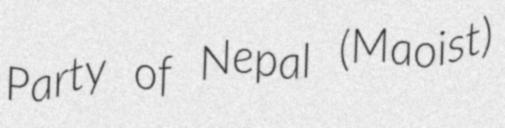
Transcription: Party of Nepal (Maoist)